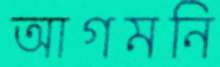
আগমনি